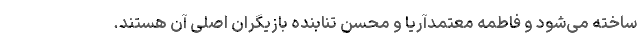
ساخته می‌شود و فاطمه معتمدآریا و محسن تنابنده بازیگران اصلی آن هستند.